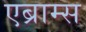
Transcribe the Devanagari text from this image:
एब्राम्‍स